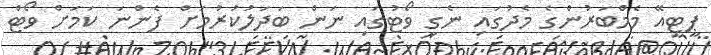
ޕީޓީއޭ މެމްބަރުންގެ މެދުގައި ނެގި ވޯޓުގައި ނަން ބަދަލުކުރުމަށް ފެންނަ ކަމަށް ވޯޓް